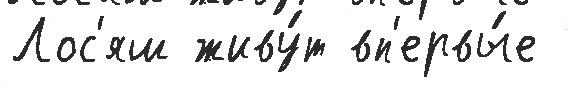
Лос'яш живу́т вп'ервы́е